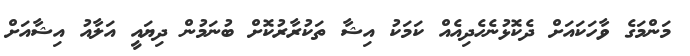
މަންމަގެ ވާހަކައަށް ދެކޮޅުނެހެދިއެއް ކަމަކު އިޝާ ތަކުރާރުކޮށް ބުނަމުން ދިޔައީ އަލާއު އިޝާއަށް